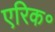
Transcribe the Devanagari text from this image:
एरिक॰